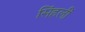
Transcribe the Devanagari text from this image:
सिंहलीं